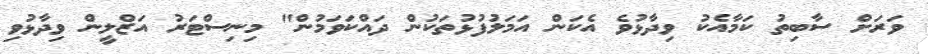
ވަރަށް ސާބިތު ކަމާއެކު ވިދާޅުވެ އެކަން އަމަލުފުޅުތަކުން ދައްކަވަމުން" މިނިސްޓަރު އަޒްލީން ވިދާޅުވި